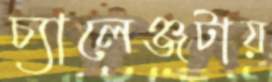
চ্যালেঞ্জটায়